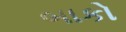
બાકો